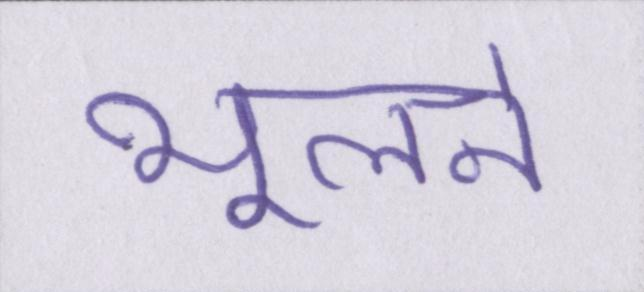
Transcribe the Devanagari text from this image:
भूलने